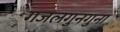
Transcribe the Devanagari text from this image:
गजलगुनगुना